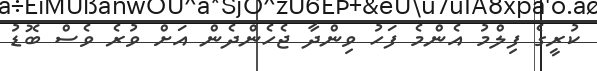
ކުރީގެ ފިލްމު އެންމެ ފަހު ވިންދާ ޖެހެންދެން އަށް ވުރެ ވެސް ބޮޑު